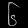
Digit: ၆